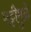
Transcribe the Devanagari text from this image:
भट्टीमुळे